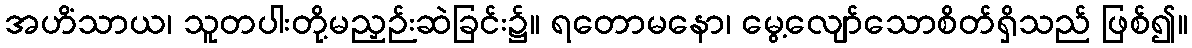
အဟိံသာယ၊ သူတပါးတို့မညှဉ်းဆဲခြင်း၌။ ရတောမနော၊ မွေ့လျော်သောစိတ်ရှိသည် ဖြစ်၍။